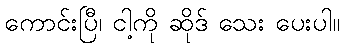
ကောင်းပြီ၊ ငါ့ကို ဆိုဒ် သေး ပေးပါ။